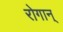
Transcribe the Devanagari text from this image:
रोगान्